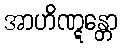
အာဟိဏ္ဋန္တော